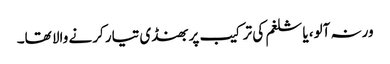
ورنہ آلو، یا شلغم کی ترکیب پر بھنڈی تیار کرنے والا تھا۔